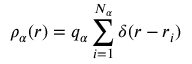
\rho _ { \alpha } ( \boldsymbol { r } ) = q _ { \alpha } \sum _ { i = 1 } ^ { N _ { \alpha } } \delta ( \boldsymbol { r } - \boldsymbol { r } _ { i } )